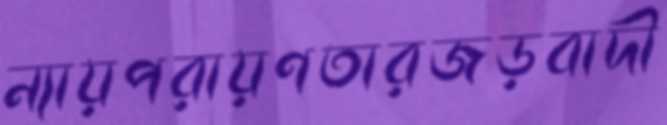
ন্যায়পরায়ণতারজড়বাদী